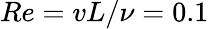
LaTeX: Re=vL/\nu=0.1